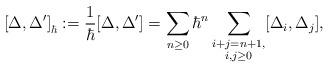
LaTeX: \begin{align*} \left[\Delta,\Delta'\right]_\hbar:= \frac{1}{\hbar}[\Delta, \Delta']=\sum_{n\geq 0} \hbar^n \sum_{ \substack{i+j=n+1,\\ i, j \geq 0}}[\Delta_{i},\Delta_{j}],\end{align*}